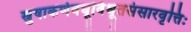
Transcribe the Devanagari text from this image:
स्नुषाकर्णवधूर्विधूतसंसारवृत्तिः